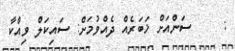
:     ސަންއަށް ޚަބަރެއް ދެއްވުމަށް: ސައިކަލް ވިއްކާ